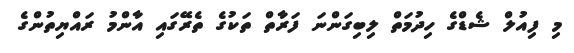
މި ފިއުލް ޝެޑްގެ ހިދުމަތް ލިބިގަންނަ ފަރާތް ތަކުގެ ތެރޭގައި އާންމު ރައްޔިތުންގެ